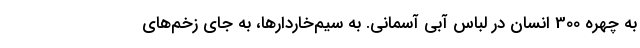
به چهره 300 انسان در لباس آبی آسمانی. به سیم‌خاردارها، به جای زخم‌های